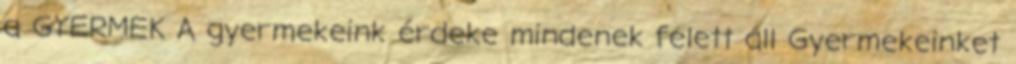
a GYERMEK A gyermekeink érdeke mindenek felett áll Gyermekeinket